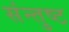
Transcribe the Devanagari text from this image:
संन्तुष्ट